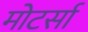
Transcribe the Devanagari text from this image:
मोटर्सा